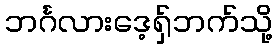
ဘင်္ဂလားဒေ့ရှ်ဘက်သို့